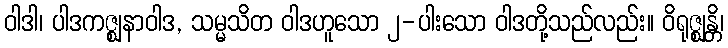
ဝါဒါ၊ ပါဒကဇ္ဈနာဝါဒ, သမ္မသိတ ဝါဒဟူသော ၂-ပါးသော ဝါဒတို့သည်လည်း။ ဝိရုဇ္ဈန္တိ၊